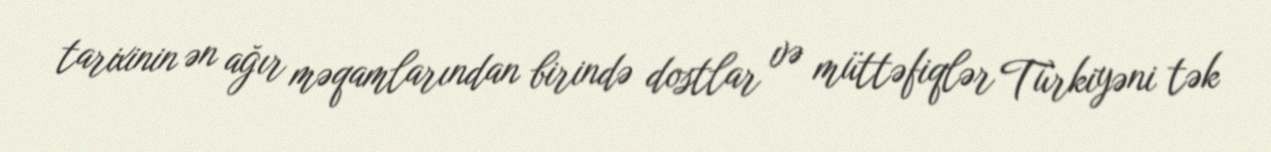
tarixinin ən ağır məqamlarından birində dostlar və müttəfiqlər Türkiyəni tək